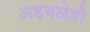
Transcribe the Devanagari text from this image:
अडथळेही